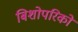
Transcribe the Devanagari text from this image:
बिशोपरिकों